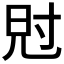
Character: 𡬩